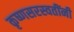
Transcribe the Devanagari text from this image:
कृष्णसरस्वतींनी